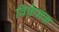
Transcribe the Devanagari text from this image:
विफेनक